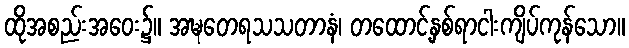
ထိုအစည်းအဝေး၌။ အဍ္ဎတေရသသတာနံ၊ တထောင့်နှစ်ရာငါးကျိပ်ကုန်သော။